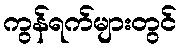
ကွန်ရက်များတွင်